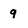
Character: 9